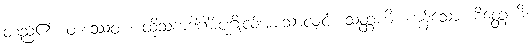
တည်၏။ တဿေဝ ၊ ထိုသကဒါဂါမ်ပုဂ္ဂိုလ်အားသာလျှင်။ သတ္တဟိ၊ ကုန်သော။ စိတ္တေဟိ၊